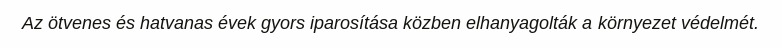
Az ötvenes és hatvanas évek gyors iparosítása közben elhanyagolták a környezet védelmét.